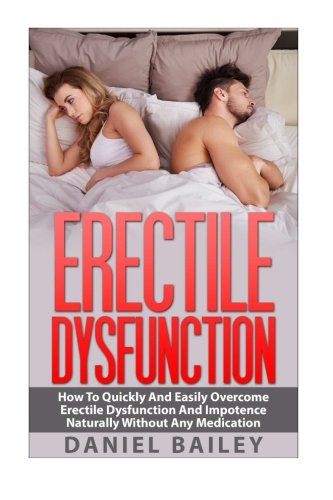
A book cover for Erectile Dysfunction: How To Quickly And Easily Overcome Erectile Dysfunction And Impotence Naturally Without Any Medication (Men's Health, Erection Problems, Sexual Health); Daniel Bailey; Health, Fitness & Dieting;